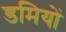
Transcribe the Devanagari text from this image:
डमियों